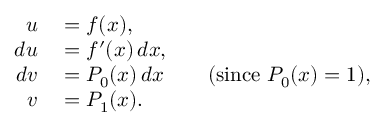
\begin{array} { r l r l } { u } & { { } = f ( x ) , } \\ { d u } & { { } = f ^ { \prime } ( x ) \, d x , } \\ { d v } & { { } = P _ { 0 } ( x ) \, d x } & { } & { { } ( { \mathrm { s i n c e ~ } } P _ { 0 } ( x ) = 1 ) , } \\ { v } & { { } = P _ { 1 } ( x ) . } \end{array}